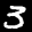
Label: 3